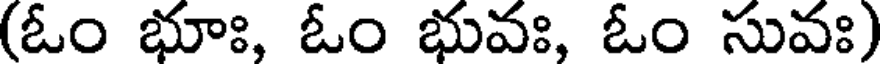
(ఓం భూః, ఓం భువః, ఓం సువః)